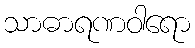
သာဓာရဏဝါရော